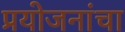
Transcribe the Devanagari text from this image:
प्रयोजनांचा